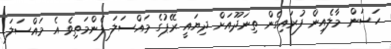
ހަސަން މާލެއިން ފުރައިގެން ތިނަދޫއަށް ދިޔައީ ރޭޕުގެ މައްސަލަ ފެންމަތިވެ އެ މައްސަލަ